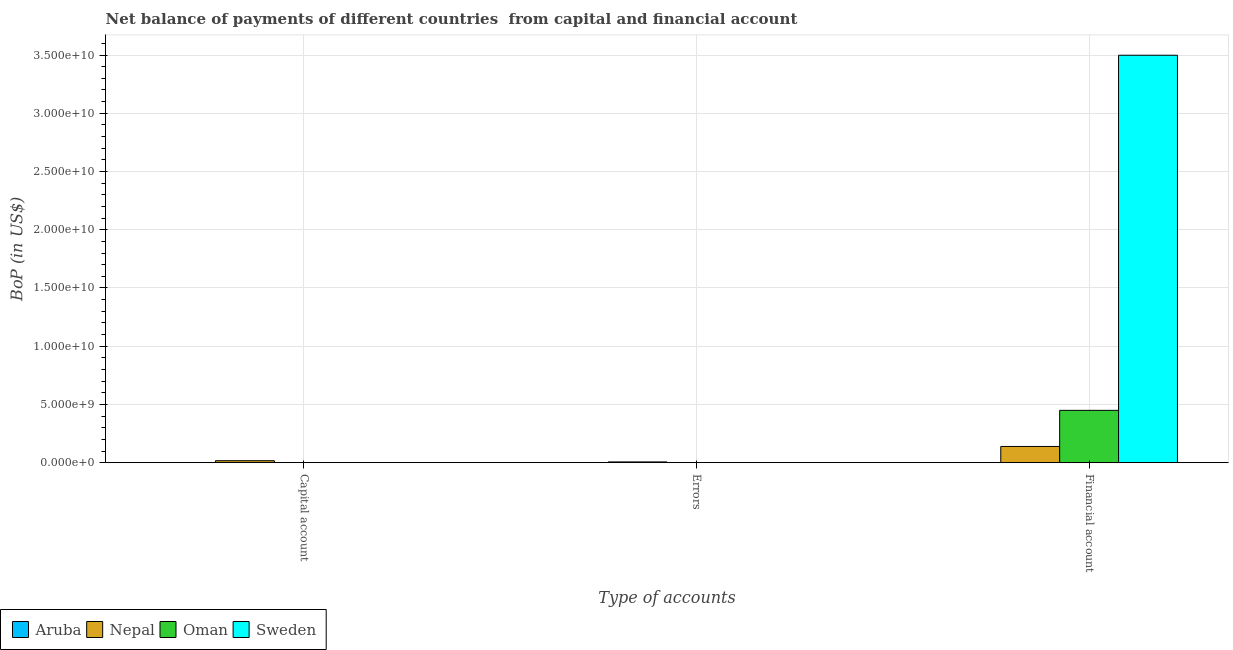
| Type of accounts | Aruba | Nepal | Oman | Sweden |
 | --- | --- | --- | --- | --- |
 | Capital account | 3.02e+06 | 1.67e+08 | -1.03e+08 | -1.44e+09 |
 | Errors | -5.59e+06 | 6.31e+07 | -5.23e+08 | -1.78e+10 |
 | Financial account | -2.75e+08 | 1.39e+09 | 4.49e+09 | 3.5e+10 |